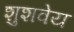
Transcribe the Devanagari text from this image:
शुशवेय